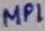
Text: MP1